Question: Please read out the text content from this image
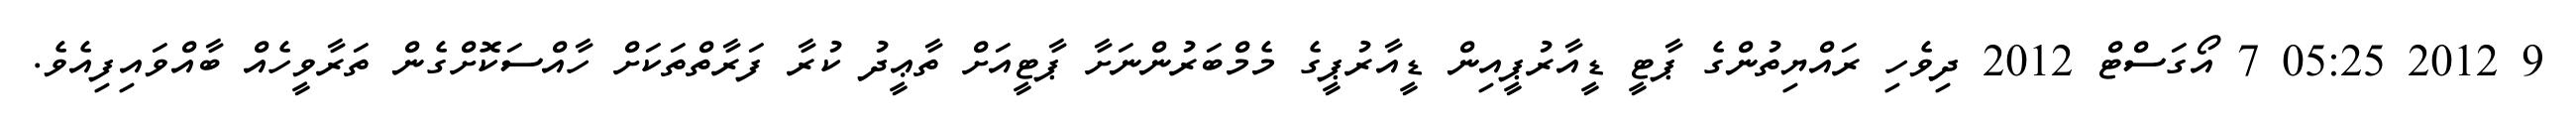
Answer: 9 2012 05:25 7 އޯގަސްޓް 2012 ދިވެހި ރައްޔިތުންގެ ޕާޓީ ޑީއާރުޕީއިން ޑީއާރުޕީގެ މެމްބަރުންނަށާ ޕާޓީއަށް ތާޢީދު ކުރާ ފަރާތްތަކަށް ހާއްސަކޮށްގެން ތަރާވީހެއް ބާއްވައިފިއެވެ.